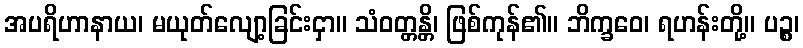
အပရိဟာနာယ၊ မယုတ်လျော့ခြင်းငှာ။ သံဝတ္တန္တိ၊ ဖြစ်ကုန်၏။ ဘိက္ခဝေ၊ ရဟန်းတို့။ ပဉ္စ၊